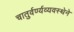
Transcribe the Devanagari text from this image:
चातुर्वर्ण्यव्यवस्थेने